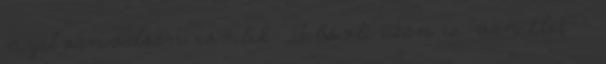
nyilvánvalóan romlik. „A bóvli után is van élet” –